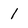
Character: l